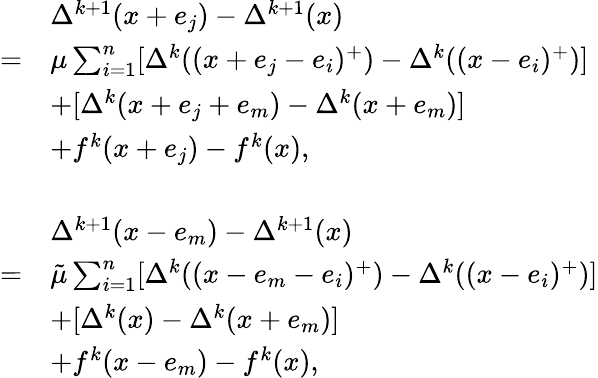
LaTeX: \begin{array}{rl}&{\Delta^{k+1}(x+e_{j})-\Delta^{k+1}(x)}\\ {=}&{\mu\sum_{i=1}^{n}[\Delta^{k}((x+e_{j}-e_{i})^{+})-\Delta^{k}((x-e_{i})^{+})]}\\ &{+[\Delta^{k}(x+e_{j}+e_{m})-\Delta^{k}(x+e_{m})]}\\ &{+f^{k}(x+e_{j})-f^{k}(x),}\\ &{}\\ &{\Delta^{k+1}(x-e_{m})-\Delta^{k+1}(x)}\\ {=}&{\tilde{\mu}\sum_{i=1}^{n}[\Delta^{k}((x-e_{m}-e_{i})^{+})-\Delta^{k}((x-e_{i})^{+})]}\\ &{+[\Delta^{k}(x)-\Delta^{k}(x+e_{m})]}\\ &{+f^{k}(x-e_{m})-f^{k}(x),}\end{array}